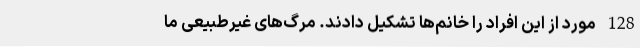
128 مورد از این افراد را خانم‌ها تشکیل دادند. مرگ‌های غیرطبیعی ما